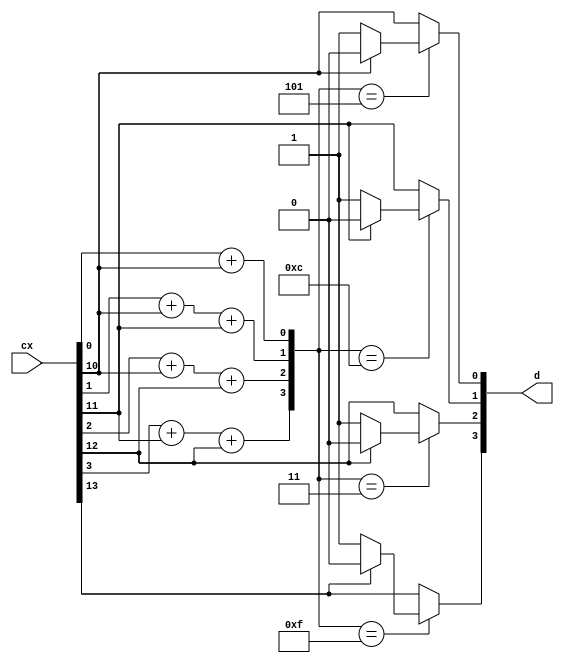
module decoder (cx,d);
	output [3:0] d;

	input [13:0] cx;

	reg [3:0] d;
	reg [3:0] s;
	reg [13:0] cx1;


	parameter s0 = 4'b1000000000;
	parameter s1 = 4'b0100000000;
	parameter s2 = 4'b0010000000;
	parameter s3 = 4'b0001000000;
	parameter s4 = 4'b0000100000;
	parameter s5 = 4'b0000010000;
	parameter s6 = 4'b0000001000;
	parameter s7 = 4'b0000000100;
	parameter s8 = 4'b0000000010;
	parameter s9 = 4'b0000000001;
	parameter s10 = 4'b1110110101;
	parameter s11 = 4'b0101101100;
	parameter s12 = 4'b0011100011;
	parameter s13 = 4'b0000011111;


	always @(cx)
	begin
		cx1[0] = cx[0];
		cx1[1] = cx[1];
		cx1[2] = cx[2];
		cx1[3] = cx[3];
		cx1[4] = cx[4];
		cx1[5] = cx[5];
		cx1[6] = cx[6];
		cx1[7] = cx[7];
		cx1[8] = cx[8];
		cx1[9] = cx[9];
		cx1[10] = cx[10];
		cx1[11] = cx[11];
		cx1[12] = cx[12];
		cx1[13] = cx[13];
		s[0]= cx[0]+ cx[10];
		s[1]= cx[1]+ cx[10]+ cx[11];
		s[2]= cx[2]+ cx[10]+ cx[12];
		s[3]= cx[3]+ cx[11]+ cx[12];
		s[4]= cx[4]+ cx[10]+ cx[11]+ cx[12];
		s[5]= cx[5]+ cx[10]+ cx[13];
		s[6]= cx[6]+ cx[11]+ cx[13];
		s[7]= cx[7]+ cx[10]+ cx[11]+ cx[13];
		s[8]= cx[8]+ cx[12]+ cx[13];
		s[9]= cx[9]+ cx[10]+ cx[12]+ cx[13];



		case(s)
			s0:
				begin
					if(cx[0]==1'b0)
					begin
						cx1[0]=1'b1;
					end
					else
					begin
						cx1[0]=1'b0;
					end
				end
			s1:
				begin
					if(cx[1]==1'b0)
					begin
						cx1[1]=1'b1;
					end
					else
					begin
						cx1[1]=1'b0;
					end
				end
			s2:
				begin
					if(cx[2]==1'b0)
					begin
						cx1[2]=1'b1;
					end
					else
					begin
						cx1[2]=1'b0;
					end
				end
			s3:
				begin
					if(cx[3]==1'b0)
					begin
						cx1[3]=1'b1;
					end
					else
					begin
						cx1[3]=1'b0;
					end
				end
			s4:
				begin
					if(cx[4]==1'b0)
					begin
						cx1[4]=1'b1;
					end
					else
					begin
						cx1[4]=1'b0;
					end
				end
			s5:
				begin
					if(cx[5]==1'b0)
					begin
						cx1[5]=1'b1;
					end
					else
					begin
						cx1[5]=1'b0;
					end
				end
			s6:
				begin
					if(cx[6]==1'b0)
					begin
						cx1[6]=1'b1;
					end
					else
					begin
						cx1[6]=1'b0;
					end
				end
			s7:
				begin
					if(cx[7]==1'b0)
					begin
						cx1[7]=1'b1;
					end
					else
					begin
						cx1[7]=1'b0;
					end
				end
			s8:
				begin
					if(cx[8]==1'b0)
					begin
						cx1[8]=1'b1;
					end
					else
					begin
						cx1[8]=1'b0;
					end
				end
			s9:
				begin
					if(cx[9]==1'b0)
					begin
						cx1[9]=1'b1;
					end
					else
					begin
						cx1[9]=1'b0;
					end
				end
			s10:
				begin
					if(cx[10]==1'b0)
					begin
						cx1[10]=1'b1;
					end
					else
					begin
						cx1[10]=1'b0;
					end
				end
			s11:
				begin
					if(cx[11]==1'b0)
					begin
						cx1[11]=1'b1;
					end
					else
					begin
						cx1[11]=1'b0;
					end
				end
			s12:
				begin
					if(cx[12]==1'b0)
					begin
						cx1[12]=1'b1;
					end
					else
					begin
						cx1[12]=1'b0;
					end
				end
			s13:
				begin
					if(cx[13]==1'b0)
					begin
						cx1[13]=1'b1;
					end
					else
					begin
						cx1[13]=1'b0;
					end
				end
			default:
				begin
					cx1[0]=cx[0];
					cx1[1]=cx[1];
					cx1[2]=cx[2];
					cx1[3]=cx[3];
					cx1[4]=cx[4];
					cx1[5]=cx[5];
					cx1[6]=cx[6];
					cx1[7]=cx[7];
					cx1[8]=cx[8];
					cx1[9]=cx[9];
					cx1[10]=cx[10];
					cx1[11]=cx[11];
					cx1[12]=cx[12];
					cx1[13]=cx[13];
				end
		endcase
		d[0] = cx1[10];
		d[1] = cx1[11];
		d[2] = cx1[12];
		d[3] = cx1[13];
	end
endmodule